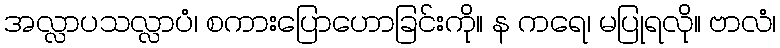
အလ္လာပသလ္လာပံ၊ စကားပြောဟောခြင်းကို။ န ကရေ၊ မပြုရလို။ ဗာလံ၊